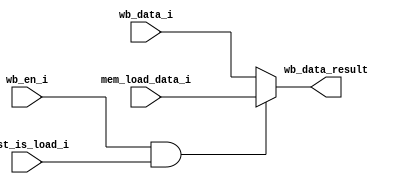
module wbu(
    input  wire [63:0]     mem_load_data_i,
    input  wire [63:0]     wb_data_i,
    input  wire            wb_en_i,
    input  wire            inst_is_load_i,
    output wire [63:0]     wb_data_result         
);
    assign wb_data_result = (wb_en_i && inst_is_load_i) ? mem_load_data_i : wb_data_i;
endmodule